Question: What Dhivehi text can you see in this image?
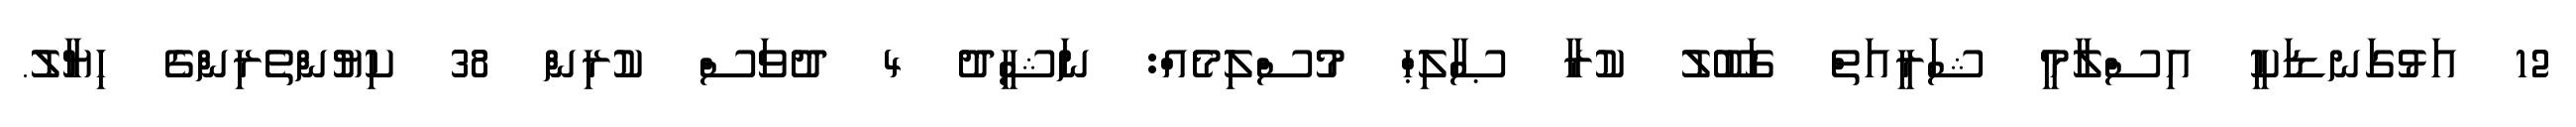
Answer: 12 އަޅުގަނޑަކީ އިސްލާމީ ޝަރީއަތް ގަބޫލު ކުރާ ޞާލިޙް މުސްލިމެއް: ނަޝީދު 4 ދުވަސް ކުރިން 38 ކިޔުންތެރިންގެ ހިޔާލު.